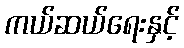
ကယ်ဆယ်ရေးနှင့်